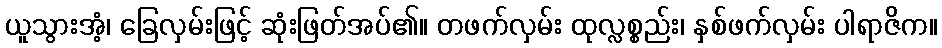
ယူသွားအံ့၊ ခြေလှမ်းဖြင့် ဆုံးဖြတ်အပ်၏။ တဖက်လှမ်း ထုလ္လစ္စည်း၊ နှစ်ဖက်လှမ်း ပါရာဇိက။